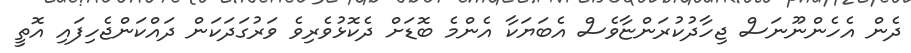
ދެން އެހެންނޫނަސް ޖިހާދުކުރަންޏާވެސް އެބަޔަކާ އެންމެ ބޮޑަށް ދެކޮޅުވެރިވެ ވަރުގަދަކަން ދައްކަންޖެހިފައި އޮތީ